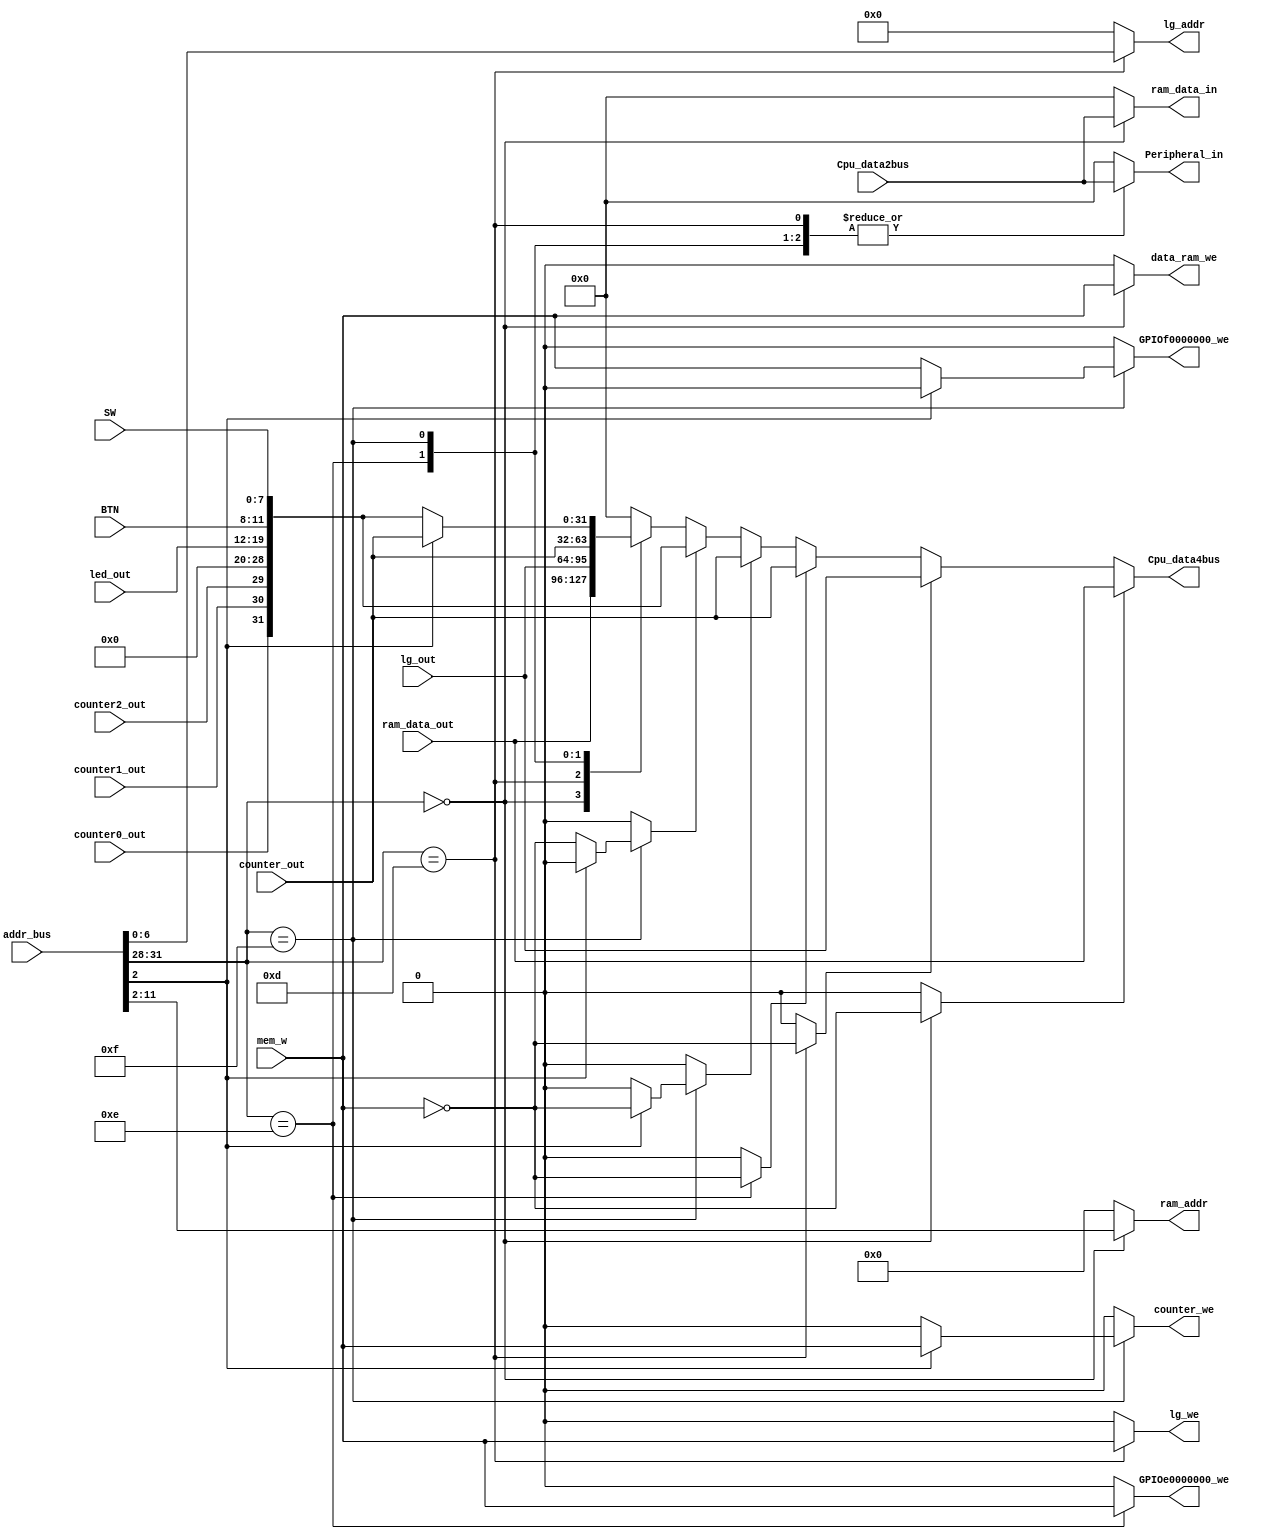
`timescale 1ns / 1ps

module MIO_BUS(
		input [3:0] BTN,	// 4 
		input [7:0] SW,	// 8 
		input mem_w,	//  CPU
		input [31:0] Cpu_data2bus,	// CPU 
		input [31:0] addr_bus,	//  CPU
		input [31:0] ram_data_out,	//  RAM 
		input [7:0] led_out,	//  LED 
		input [31:0] counter_out,	// 
		input counter0_out,	//  0 
		input counter1_out,	//  1 
		input counter2_out,	//  2 
		output reg [31:0] Cpu_data4bus,	// CPU , CPU
		output reg [31:0] ram_data_in,	// RAM  RAM
		output reg [9:0] ram_addr,	// RAM  RAM
		output reg data_ram_we,	// RAM  RAM
		output reg GPIOf0000000_we,	//  LED 
		output reg GPIOe0000000_we,	//  7 U5
		output reg counter_we,	//  U10
		output reg [31:0] Peripheral_in,	// ,
		
		input [31:0] lg_out,
		output reg lg_we,
		output reg [6:0] lg_addr
	);

	reg data_ram_rd;
	reg GPIOf0000000_rd;
	reg GPIOe0000000_rd;
	reg counter_rd;
	reg [7:0] led_in;

	reg lg_rd;

	always @(*) begin

		data_ram_we=0;
		data_ram_rd=0;
		counter_we=0;
		counter_rd=0;
		GPIOf0000000_we=0;
		GPIOe0000000_we=0;
		GPIOf0000000_rd=0;
		GPIOe0000000_rd=0;
		ram_addr=10'h0;
		ram_data_in=32'h0;
		Peripheral_in=32'h0;
		Cpu_data4bus =32'h0;

		lg_we = 0;
		lg_rd = 0;
		lg_addr = 7'b0;

		case (addr_bus[31:28])
			4'h0: begin
				data_ram_we = mem_w;
				ram_addr = addr_bus[11:2];
				ram_data_in = Cpu_data2bus;
				Cpu_data4bus = ram_data_out;
				data_ram_rd = ~mem_w;
			end
			4'hd: begin	// Life game
				lg_we = mem_w;
				lg_addr = addr_bus[6:0];
				Peripheral_in = Cpu_data2bus;
				Cpu_data4bus = lg_out;
				lg_rd = ~mem_w;
			end
			4'he: begin	// 7 segments LEDs
				GPIOe0000000_we = mem_w;
				Peripheral_in = Cpu_data2bus;
				Cpu_data4bus = counter_out;
				GPIOe0000000_rd = ~mem_w;
			end
			4'hf: begin
				if (addr_bus[2]) begin
					counter_we = mem_w;
					Peripheral_in = Cpu_data2bus;
					Cpu_data4bus = counter_out;
					counter_rd = ~mem_w;
				end else begin
					GPIOf0000000_we = mem_w;
					Peripheral_in = Cpu_data2bus;
					Cpu_data4bus = {counter0_out, counter1_out, counter2_out, 9'h00, led_out, BTN, SW};
					GPIOf0000000_rd = ~mem_w;
				end
			end
		endcase

		casex ({data_ram_rd, lg_rd, GPIOe0000000_rd, counter_rd, GPIOf0000000_rd})
			5'b1xxxx: Cpu_data4bus = ram_data_out;	// read from RAM
			5'bx1xxx: Cpu_data4bus = lg_out;	// read from life game
			5'bxx1xx: Cpu_data4bus = counter_out;	// read from Counter
			5'bxxx1x: Cpu_data4bus = counter_out;	// read from Counter
			5'bxxxx1: Cpu_data4bus = {counter0_out, counter1_out,  counter2_out, 9'h00, led_out, BTN, SW};	//read from SW & BTN
		endcase
	end
endmodule